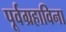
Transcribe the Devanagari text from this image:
पूर्वग्रहाविना